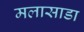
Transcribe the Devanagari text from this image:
मलासाडा